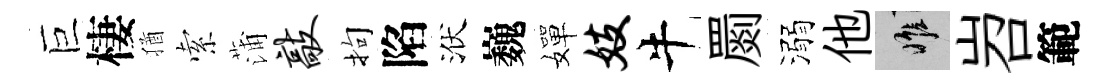
巨棲猶索蒲敲拘陷洑巍嬋妓牛罽溺他惟岧範